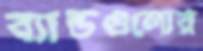
ব্যান্ডগুলোর